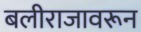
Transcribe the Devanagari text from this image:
बलीराजावरून